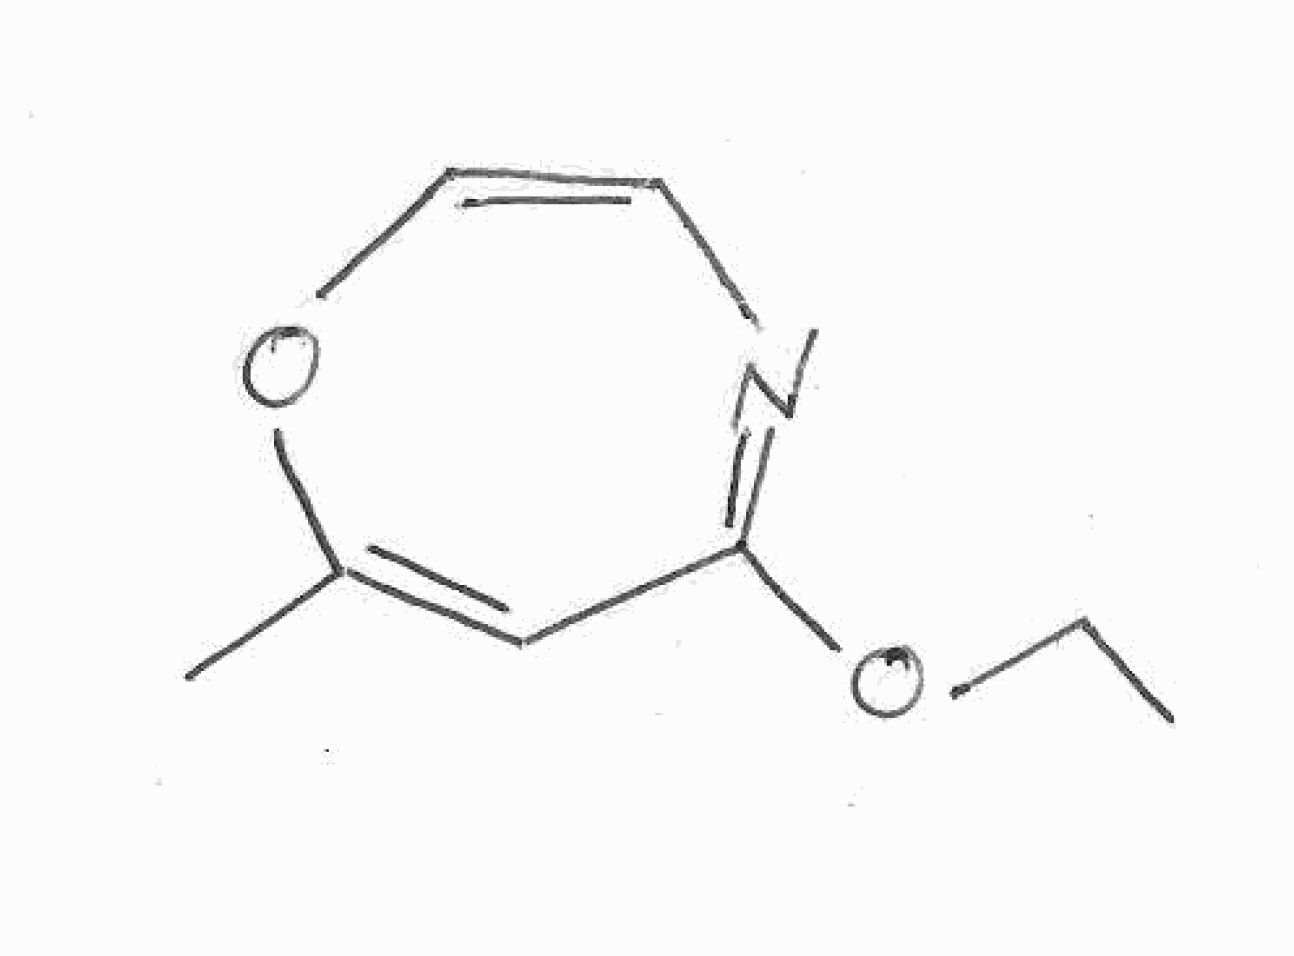
Simplified molecular-input line-entry system (SMILES) notation of the given molecule:
CCOC1=NC=COC(=C1)C